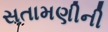
સતામણીની